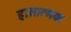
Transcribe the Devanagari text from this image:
ह्रासात्मक